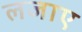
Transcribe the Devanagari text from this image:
लजाए